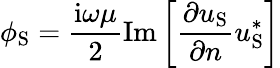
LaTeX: \phi_{\textup{S}}=\frac{\mathrm{i}\omega\mu}{2}\mathrm{Im}\left[\frac{\partial u_{\textup{S}}}{\partial n}u_{\textup{S}}^{*}\right]